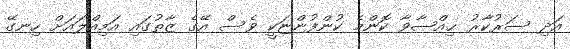
އަދި ސަރުކާރު ޙިއްޞާވާ ކޮންމެ ކުންފުންޏަކީ ވެސް އޭގެ ޒާތުގައި އަމިއްލައަށް ހިނގޭ